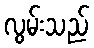
လွမ်းသည်